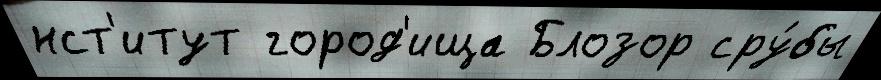
нст'итут город'ища Блозор сру́бы